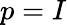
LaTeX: p=I